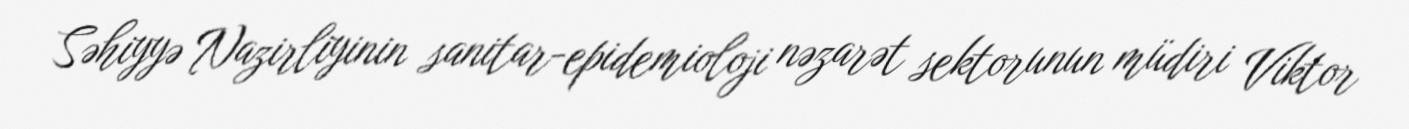
Səhiyyə Nazirliyinin sanitar-epidemioloji nəzarət sektorunun müdiri Viktor